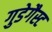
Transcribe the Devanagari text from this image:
गुडेगैस्ट